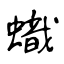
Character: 蟙